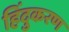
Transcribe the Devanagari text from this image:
हिंदुकरण